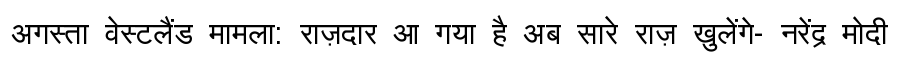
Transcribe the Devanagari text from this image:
अगस्ता वेस्टलैंड मामला: राज़दार आ गया है अब सारे राज़ खुलेंगे- नरेंद्र मोदी